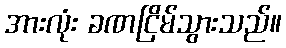
အားလုံး ခဏငြိမ်သွားသည်။